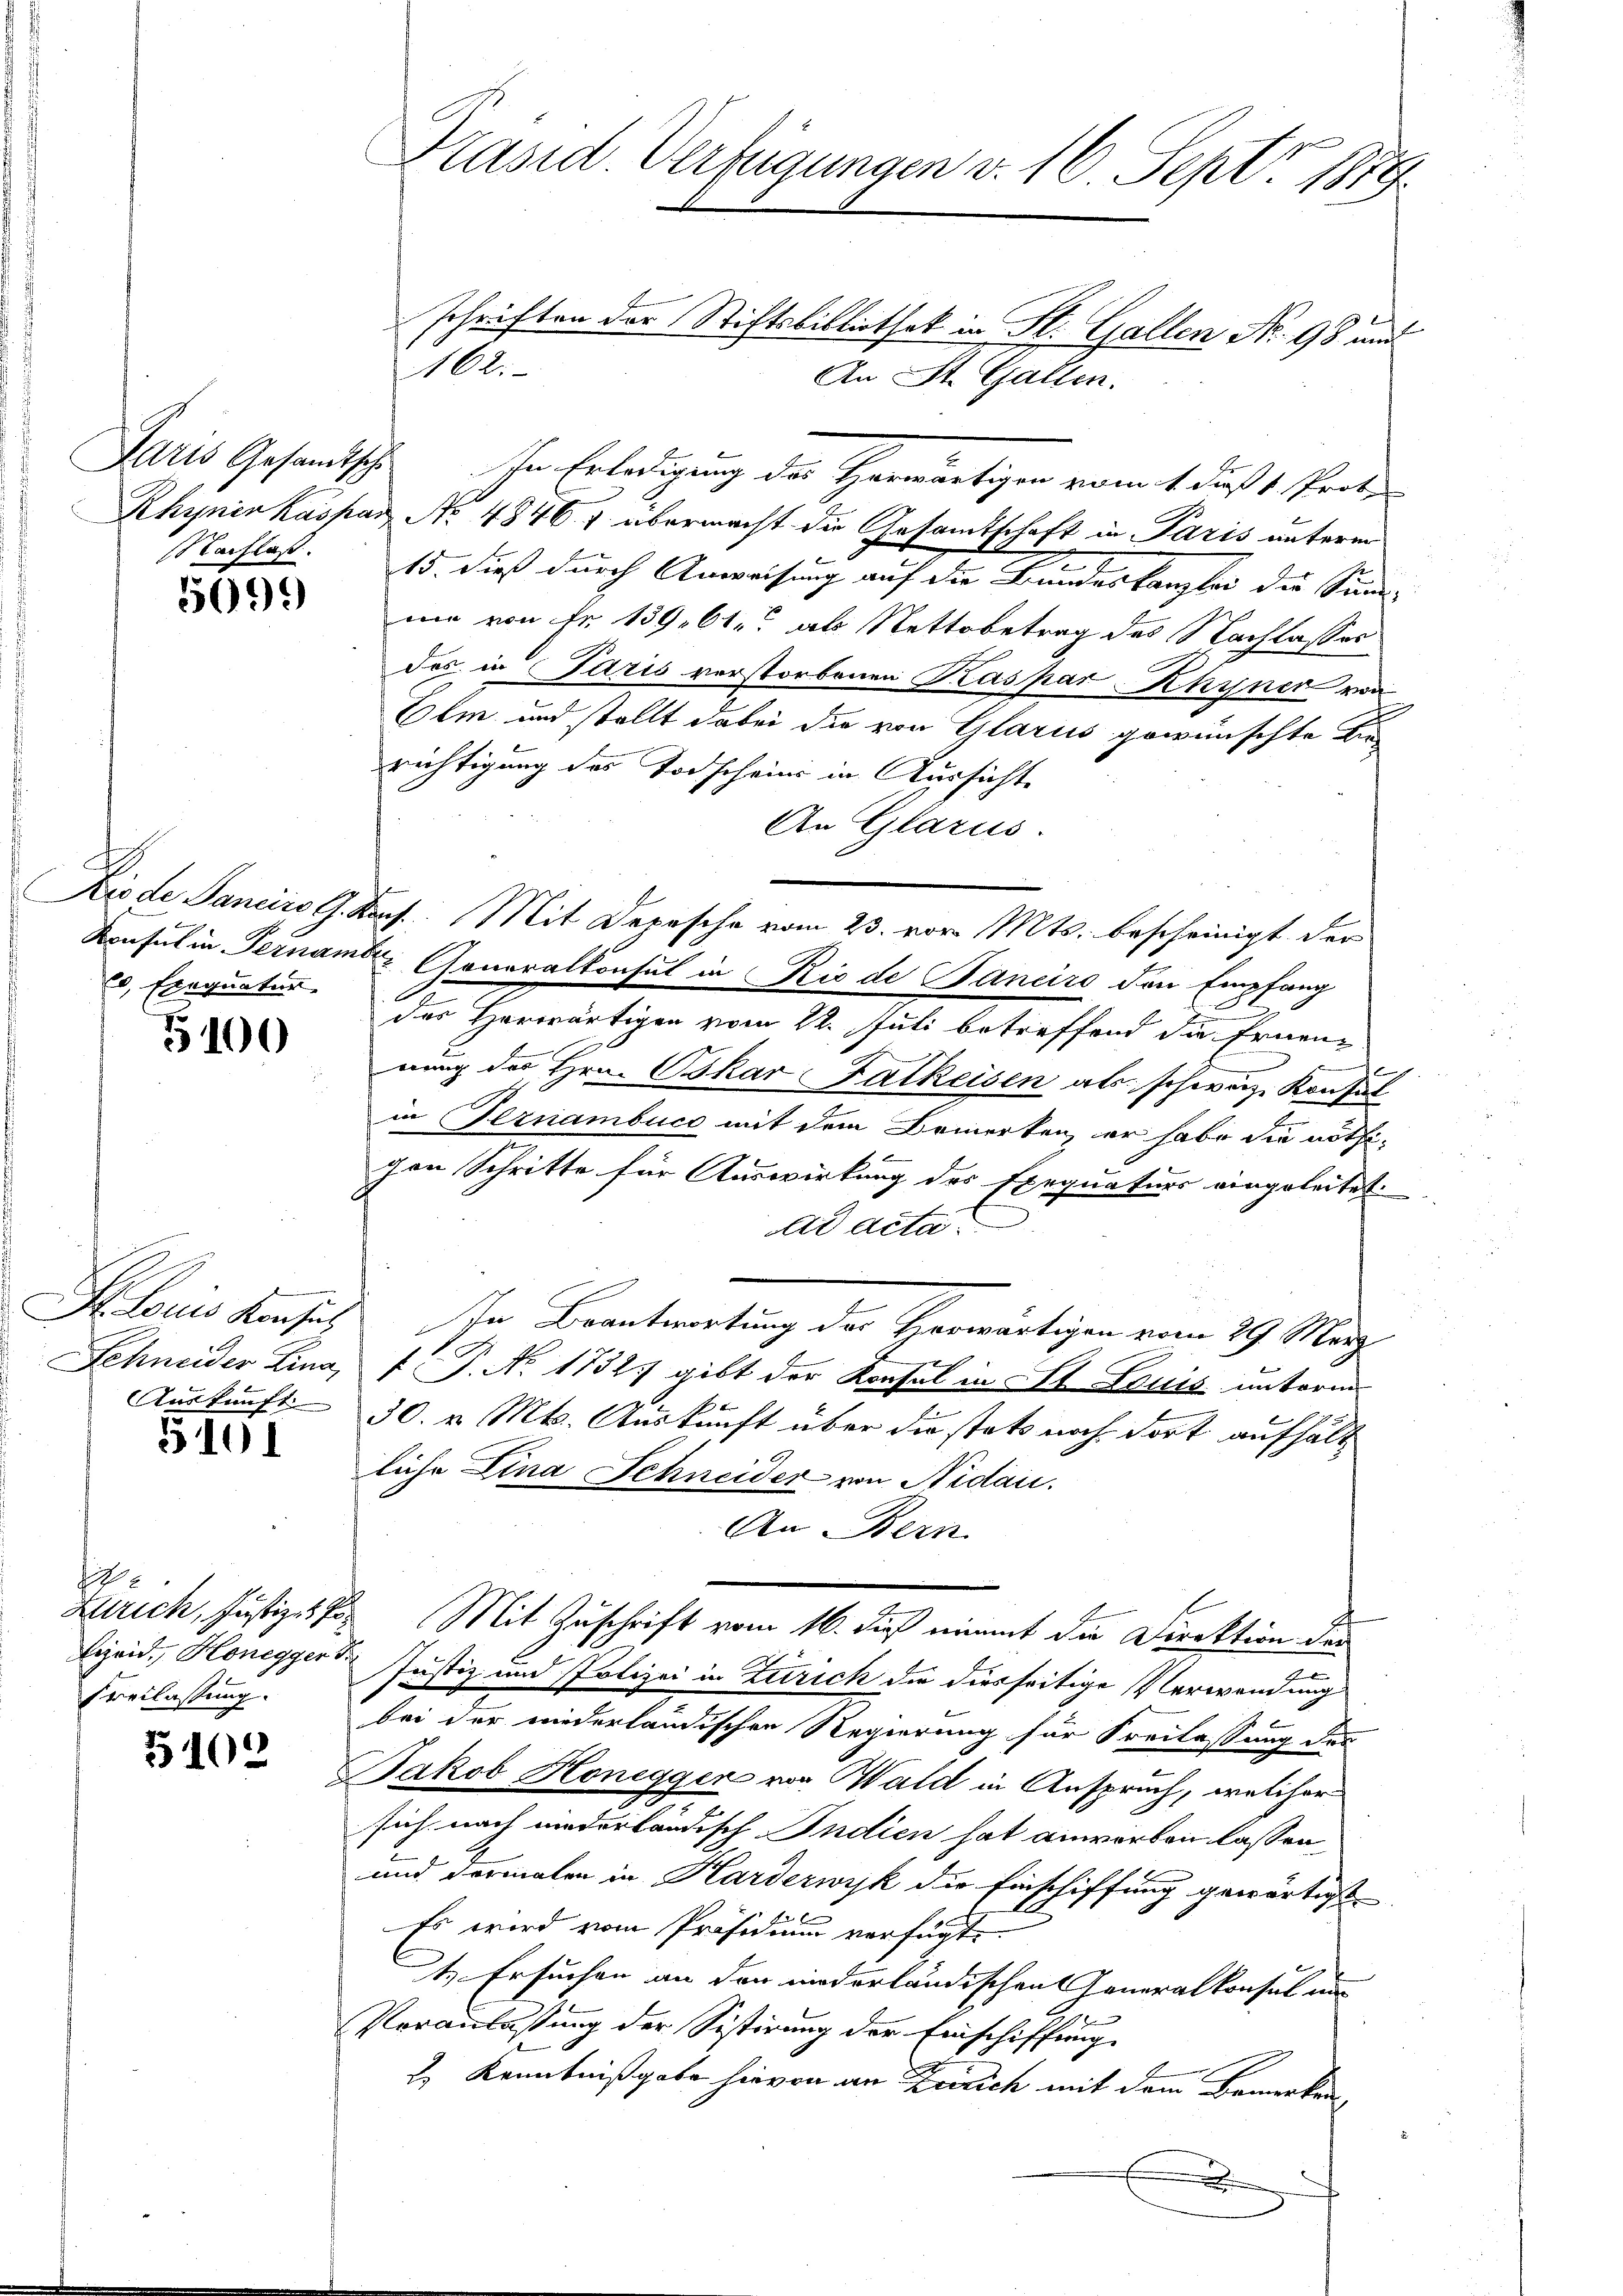
NNachlaß.

5099

60 Exequatur

5100

Schneider Lina,
Auskunft

5101

12
Freilassung.

5102

schriften der Stiftsbilliothek in St. Gallen Nr. 98 und
J
allen.
9
Iaris Gesandtsch. In Erledigung des Herwärtigen vom 1. daß 1. Prote
Rhyner Kaspar No 48467 übermacht die Gesamtschaft in Paris unterm
15. Dieß durch Anweisung auf die Bundeskanzlei die Sinne-
nie von Fr. 139. 61. als Nettobetrag des Nachlasses
des in Paris verstorbenen Kaspar Khyner von
Olm und stellt dabei die von Glarus gewünschte die
richtigung des Todscheins in Aussicht
An Glarus.
Die de Sanciis G. Kauf Mit Depesche vom 23. vor. Mts. bescheinigt der
Konsul in Ternamte Generalkonsul in Rio de Janeiro den Empfang
des Herwärtigen vom 22. Juli betreffend die Ernenz
.
nung des Hrn. BokarFatkeisen als schweiz. Konsul
in Geznambuco mit dem Bemerken, er habe die nöthicon Schritte für Auswirkung des Exequaturs eingeleitet
ad acta.
St. Louis Konsich In Beantwortung der Herwärtigen vom 29. März.
f P. Nr. 1732) gibt der Konsul in At Louis unterm
30. v. Mts. Auskunft über die stets noch dort aufhält
liche Lina Schneider von Nidau.
An Bern
Zürich, Justizes von Mit Zuschrift vom 16. dieß nimmt die Direktion der
Bieid. Honegger Justiz und Polizei in Zürich die diesseitige Verwendung
bei der niederländischen Regierung für Freilassung des
Jakob Honeggen von Wald in Anspruch, welcher
sich nach wiederländisch Indien hat anworben lassen,
und dormalen in Harderwyk die Einschiffung gewärtigt
Es wird vom Präsidium verfügt:
4. Ersuchen an den niederländischen Generalkonsul und
Veranlassung der Sistirung der Einschiffung
2) Kenntnißgabe hievon an Zürich mit dem Bemerken

Präsid. Verfügungen v. 16. Sept. 1879

162.
An